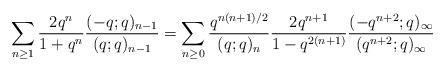
LaTeX: \begin{align*} \sum_{n\geq 1} \frac{2q^n}{1+q^n} \frac{(-q;q)_{n-1}}{(q;q)_{n-1}} = \sum_{n\geq 0} \frac{q^{n(n+1)/2}}{(q;q)_n}\frac{2q^{n+1}}{1-q^{2(n+1)}} \frac{(-q^{n+2};q)_\infty}{(q^{n+2};q)_\infty}\end{align*}